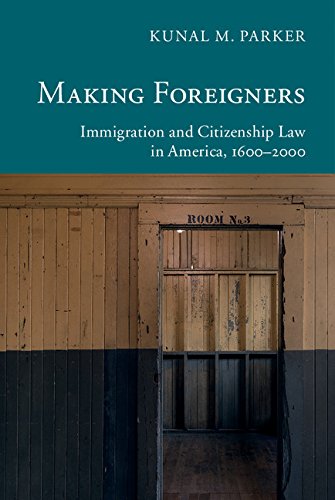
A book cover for Making Foreigners: Immigration and Citizenship Law in America, 1600-2000 (New Histories of American Law); Kunal M. Parker; Law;